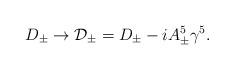
LaTeX: \begin{align*}D_\pm \rightarrow {\cal D}_\pm = D_\pm - i A^5_\pm \gamma^5.\end{align*}